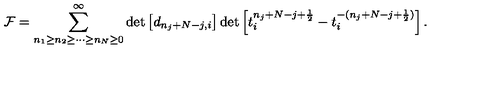
{ \cal F } = \sum _ { n _ { 1 } \geq n _ { 2 } \geq \cdots \geq n _ { N } \geq 0 } ^ { \infty } \det \left[ d _ { n _ { j } + N - j , i } \right] \det \left[ t _ { i } ^ { n _ { j } + N - j + \frac { 1 } { 2 } } - t _ { i } ^ { - ( n _ { j } + N - j + \frac { 1 } { 2 } ) } \right] .